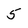
Character: 5